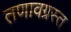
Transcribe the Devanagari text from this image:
तणावग्रस्त